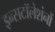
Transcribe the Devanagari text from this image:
इन्सटॉलेशंनों